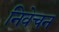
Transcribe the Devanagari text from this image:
निवेचन